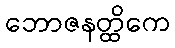
ဘောဇနတ္ထိကေ